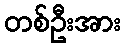
တစ်ဦးအား